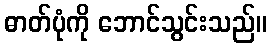
ဓာတ်ပုံကို ဘောင်သွင်းသည်။